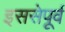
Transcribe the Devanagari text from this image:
इससेपूर्व